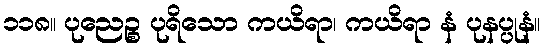
၁၁၈။ ပုညေဉ္စ ပုရိသော ကယိရာ၊ ကယိရာ နံ ပုနပ္ပုနံ။